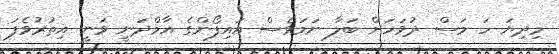
މިދިޔަ ހަ މަސް ދުވަހަށް ބަލާ ނަމަވެސް އައިފޯންގެ އާމްދަނީ ވަނީ އިތުރުވެފަ